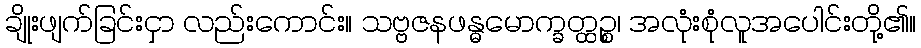
ချိုးဖျက်ခြင်းငှာ လည်းကောင်း။ သဗ္ဗဇနဖန္ဓမောက္ခတ္ထဉ္စ၊ အလုံးစုံလူအပေါင်းတို့၏။